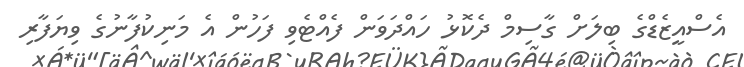
އެސްއީޒެޑްގެ ބިލަށް ގާސިމް ދެކޮޅު ހައްދަވަން ފެއްޓެވި ފަހުން އެ މަނިކުފާނުގެ ވިޔަފާރި